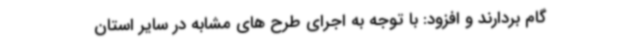
گام بردارند و افزود: با توجه به اجرای طرح های مشابه در سایر استان